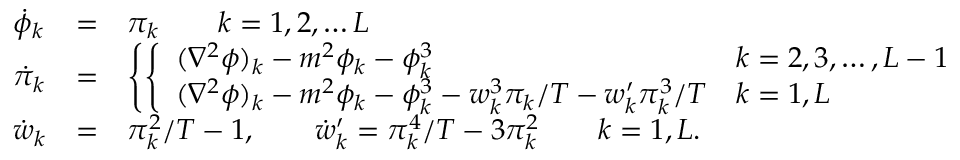
\begin{array} { l c l } { { \dot { \phi } _ { k } } } & { { = } } & { { \pi _ { k } \qquad k = 1 , 2 , \ldots L } } \\ { { \dot { \pi } _ { k } } } & { { = } } & { { \left\{ \left\{ \begin{array} { l l } { { ( \nabla ^ { 2 } \phi ) _ { k } - m ^ { 2 } \phi _ { k } - \phi _ { k } ^ { 3 } } } & { { k = 2 , 3 , \ldots , L - 1 } } \\ { { ( \nabla ^ { 2 } \phi ) _ { k } - m ^ { 2 } \phi _ { k } - \phi _ { k } ^ { 3 } - w _ { k } ^ { 3 } \pi _ { k } / T - w _ { k } ^ { \prime } \pi _ { k } ^ { 3 } / T } } & { { k = 1 , L } } \end{array} \right. \right. } } \\ { { \dot { w } _ { k } } } & { { = } } & { { \pi _ { k } ^ { 2 } / T - 1 , \qquad \dot { w } _ { k } ^ { \prime } = \pi _ { k } ^ { 4 } / T - 3 \pi _ { k } ^ { 2 } \qquad k = 1 , L . } } \end{array}